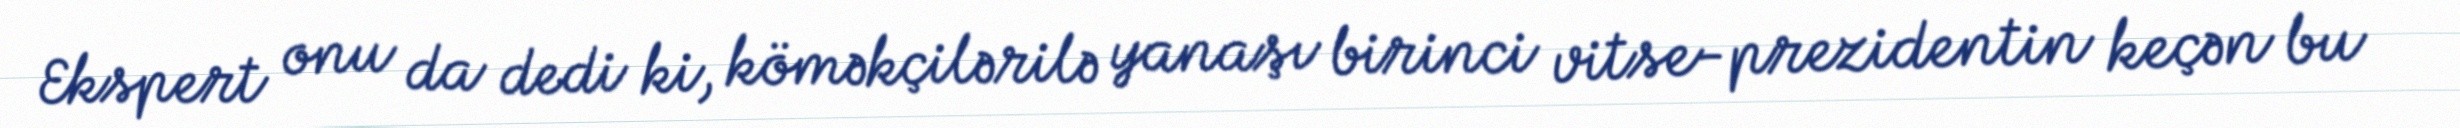
Ekspert onu da dedi ki, köməkçilərilə yanaşı birinci vitse-prezidentin keçən bu